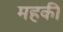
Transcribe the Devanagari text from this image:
महकी